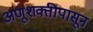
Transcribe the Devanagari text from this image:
अणूशक्तीपासून